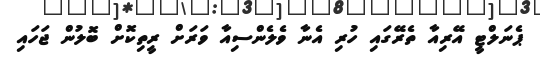
ޕެނަލްޓީ އޭރިއާ ތެރޭގައި ހުރި އެނާ ވެލެންސިއާ ވަރަށް ރީތިކޮށް ބޮލުން ޖަހައި